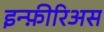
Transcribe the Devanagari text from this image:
इन्फ़ीरिअस